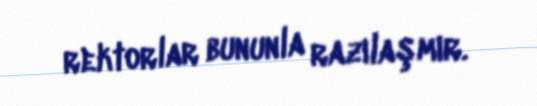
rektorlar bununla razılaşmır.